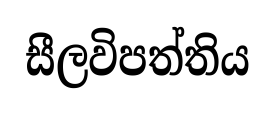
සීලවිපත්තිය